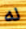
له